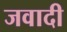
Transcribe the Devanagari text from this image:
जवादी